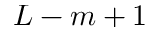
L - m + 1